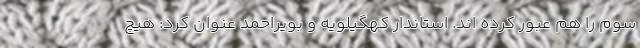
سوم را هم عبور کرده اند. استاندار کهگیلویه و بویراحمد عنوان کرد: هیچ